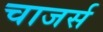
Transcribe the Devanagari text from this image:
चाजर्स